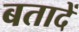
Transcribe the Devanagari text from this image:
बतादें